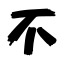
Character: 不